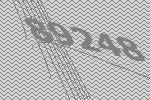
89248